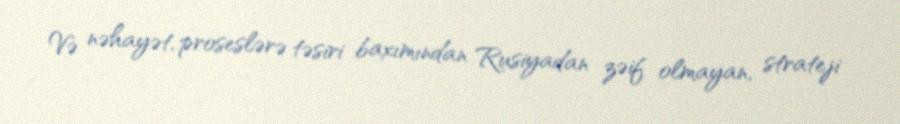
Və nəhayət, proseslərə təsiri baxımından Rusiyadan zəif olmayan, strateji